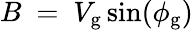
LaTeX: B~=~V_{\mathrm{g}}\sin(\phi_{\mathrm{g}})